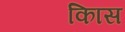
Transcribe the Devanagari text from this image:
किास